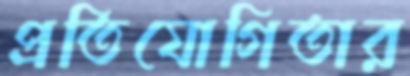
প্রতিযোগিতার